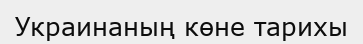
Украинаның көне тарихы